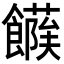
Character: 𩞶